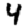
Digit: 4